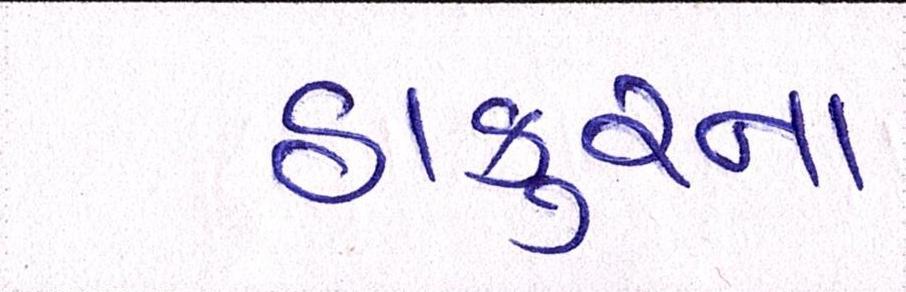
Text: ઠાકુરના